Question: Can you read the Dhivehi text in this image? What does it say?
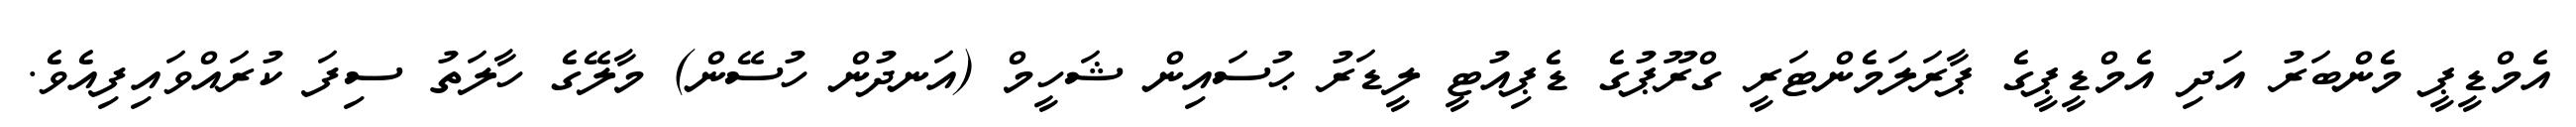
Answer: އެމްޑީޕީ މެންބަރު އަދި އެމްޑީޕީގެ ޕާރަލަމެންޓަރީ ގްރޫޕުގެ ޑެޕިއުޓީ ލީޑަރު ޙުސައިން ޝަހީމް (އަނދުން ހުސޭން) މާލޭގެ ހާލަތު ސިފަ ކުރައްވައިފިއެވެ.